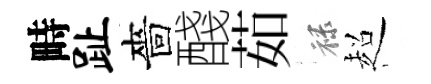
畤趾嗇醆茹禄超